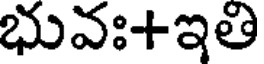
భువః+ఇతి